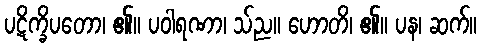
ပဋိက္ခိပတော၊ ၏။ ပဝါရဏာ၊ သ်ည။ ဟောတိ၊ ၏။ ပန၊ ဆက်။